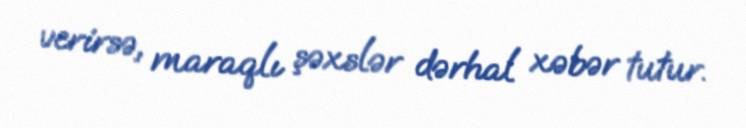
verirsə, maraqlı şəxslər dərhal xəbər tutur.